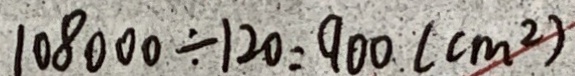
1 0 8 0 0 0 \div 1 2 0 = 9 0 0 ( c m ^ { 2 } )